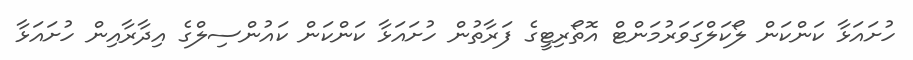
ހުށައަޅާ ކަންކަން ލޯކަލްގަވަރުމަންޓް އޮތޯރިޓީގެ ފަރާތުން ހުށައަޅާ ކަންކަން ކައުންސިލްގެ އިދާރާއިން ހުށައަޅާ